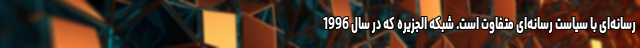
رسانه‌ای با سیاست رسانه‌ای متفاوت است. شبکه الجزیره که در سال 1996